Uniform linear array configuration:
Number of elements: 48
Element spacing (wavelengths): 0.75
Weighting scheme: cosine
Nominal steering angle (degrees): -60
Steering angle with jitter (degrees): -58.358
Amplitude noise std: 0.05
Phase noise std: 0.05

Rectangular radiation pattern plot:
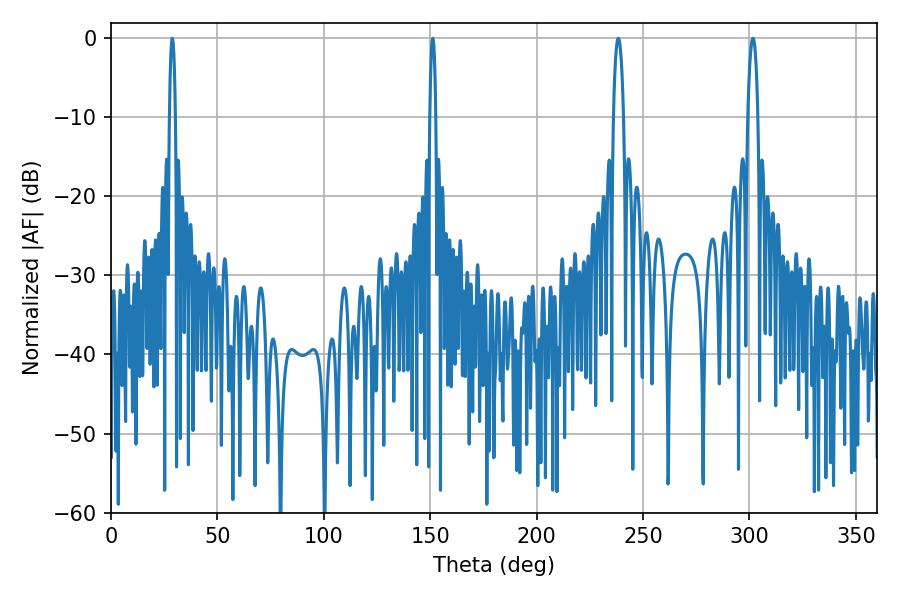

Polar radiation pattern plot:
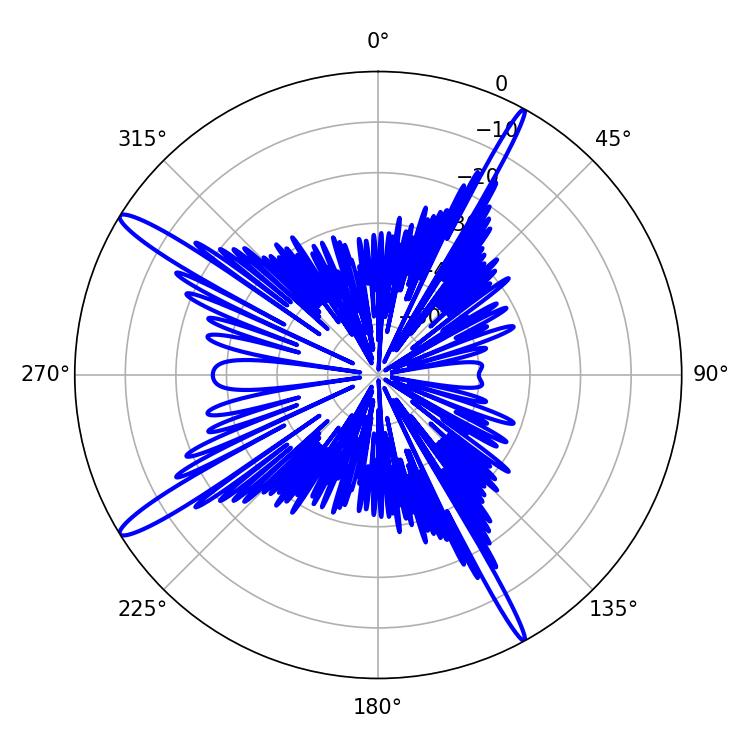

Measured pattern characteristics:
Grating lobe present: TRUE
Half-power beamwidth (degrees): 1.44
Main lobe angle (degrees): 28.8